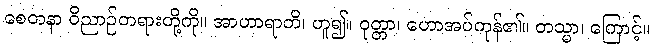
စေတနာ ဝိညာဉ်တရားတို့ကို။ အာဟာရာတိ၊ ဟူ၍။ ဝုတ္တာ၊ ဟောအပ်ကုန်၏။ တသ္မာ၊ ကြောင့်။